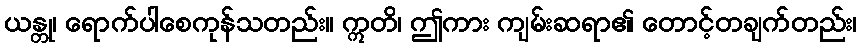
ယန္တု၊ ရောက်ပါစေကုန်သတည်း။ ဣတိ၊ ဤကား ကျမ်းဆရာ၏ တောင့်တချက်တည်း၊